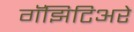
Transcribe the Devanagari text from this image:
गॅझिटिअरे